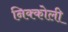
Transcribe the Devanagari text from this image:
निक्कोली